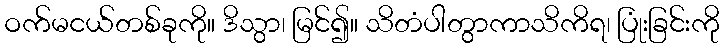
ဝက်မငယ်တစ်ခုကို။ ဒိသွာ၊ မြင်၍။ သိတံပါတွာကာသိကိရ၊ ပြုံးခြင်းကို